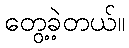
တွေ့ခဲ့တယ်။